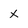
Character: X